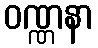
ဝဏ္ဏနာ